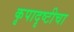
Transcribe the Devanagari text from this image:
कृपादृष्टीचा